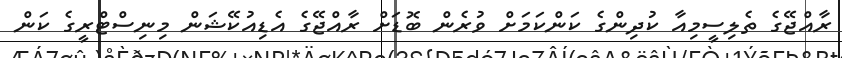
ރާއްޖޭގެ ތެލިސީމިއާ ކުދިންގެ ކަންކަމަށް ވުރެން ބޮޑަށް ރާއްޖޭގެ އެޑިއުކޭޝަން މިނިސްޓްރީގެ ކަން